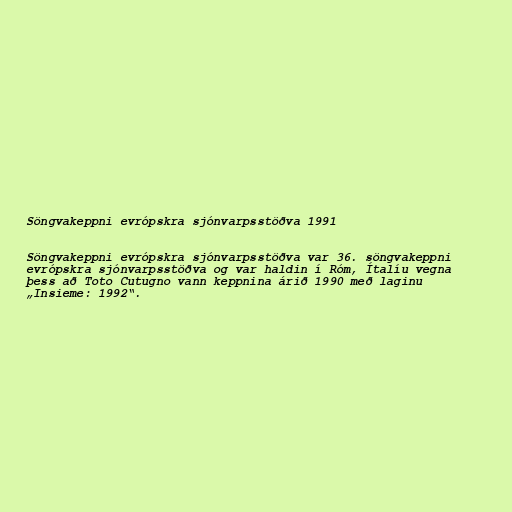
Söngvakeppni evrópskra sjónvarpsstöðva 1991

Söngvakeppni evrópskra sjónvarpsstöðva var 36. söngvakeppni
evrópskra sjónvarpsstöðva og var haldin í Róm, Ítalíu vegna
þess að Toto Cutugno vann keppnina árið 1990 með laginu
„Insieme: 1992“.